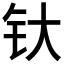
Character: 𰽘